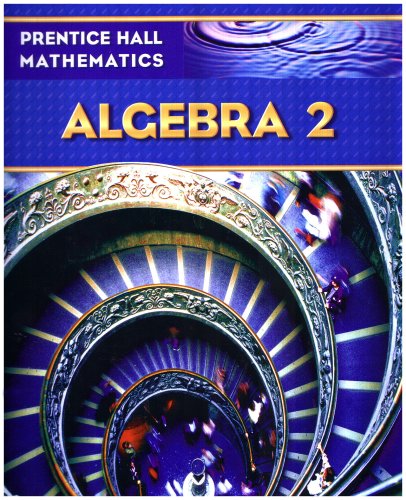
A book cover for PRENTICE HALL MATH ALGEBRA 2 STUDENT EDITION; PRENTICE HALL; Teen & Young Adult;